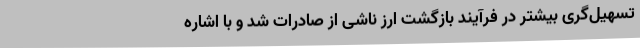
تسهیل‌گری بیشتر در فرآیند بازگشت ارز ناشی از صادرات شد و با اشاره